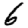
Digit: 6